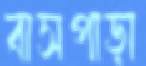
বাসপাড়া